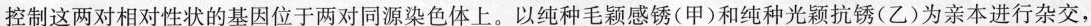
控制这两对相对性状的基因位于两对同源染色体上。以纯种毛颖感锈(甲)和纯种光颖抗锈(乙)为亲本进行杂交，